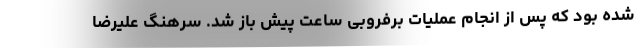
شده بود که پس از انجام عملیات برفروبی ساعت پیش باز شد. سرهنگ علیرضا